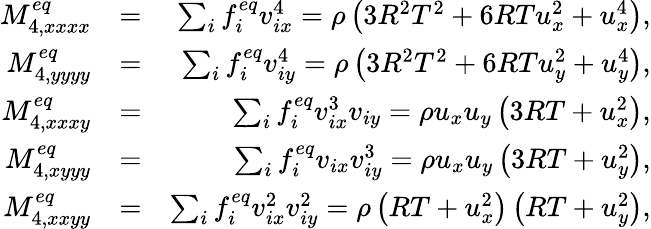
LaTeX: \begin{array}{rlr}{M_{4,xxxx}^{eq}}&{=}&{\sum_{i}{f_{i}^{eq}v_{ix}^{4}}=\rho\left(3R^{2}T^{2}+6RTu_{x}^{2}+u_{x}^{4}\right),}\\ {M_{4,yyyy}^{eq}}&{=}&{\sum_{i}{f_{i}^{eq}v_{iy}^{4}}=\rho\left(3R^{2}T^{2}+6RTu_{y}^{2}+u_{y}^{4}\right),}\\ {M_{4,xxxy}^{eq}}&{=}&{\sum_{i}{f_{i}^{eq}v_{ix}^{3}v_{iy}}=\rho u_{x}u_{y}\left(3RT+u_{x}^{2}\right),}\\ {M_{4,xyyy}^{eq}}&{=}&{\sum_{i}{f_{i}^{eq}v_{ix}v_{iy}^{3}}=\rho u_{x}u_{y}\left(3RT+u_{y}^{2}\right),}\\ {M_{4,xxyy}^{eq}}&{=}&{\sum_{i}{f_{i}^{eq}v_{ix}^{2}v_{iy}^{2}}=\rho\left(RT+u_{x}^{2}\right)\left(RT+u_{y}^{2}\right),}\end{array}